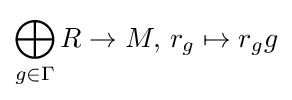
\bigoplus _{g\in \Gamma }R\to M,\,r_{g}\mapsto r_{g}g